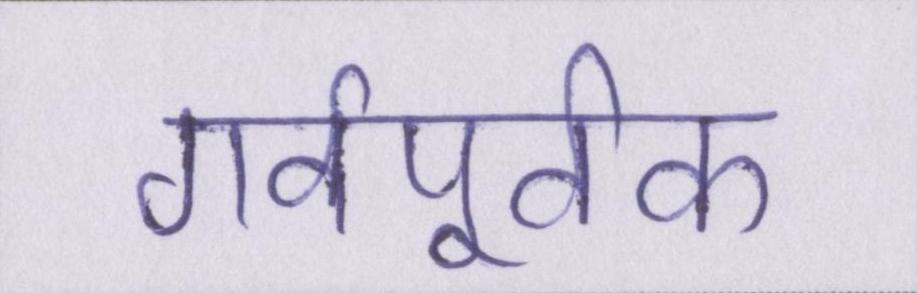
गर्वपूर्वक